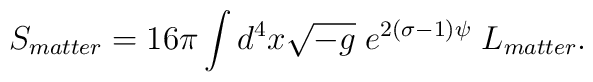
S_{matter}=16\pi\int d^4x \sqrt{-g}\;e^{2(\sigma-1)\psi}\;L_{matter}.